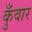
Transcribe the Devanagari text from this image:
कुँवार